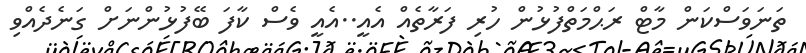
ތަނަވަސްކަން މާޓް ރަޙްމަތްފުޅުން ހުރި ފަރާތެއް އެއީ..އެއީ ވެސް ކާފަ ބޭފުޅުންނަށް ގަނެދެއްވި